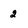
Character: 2